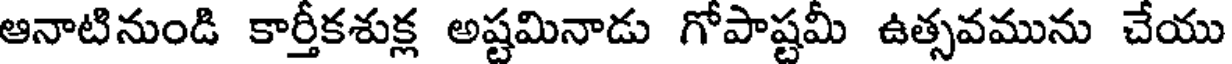
ఆనాటినుండి కార్తీకశుక్ల అష్టమినాడు గోపాష్టమీ ఉత్సవమును చేయు